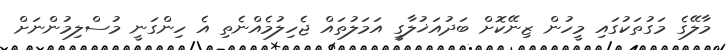
މާލޭގެ މަގުތަކުގައި މީހުން ޒިނޭކޮށް ބަދުއަޚުލާގީ އަމަލުތައް ޖެހިލުމެއްނެތި އެ ހިންގަނީ މުސްލިމުންނަށް